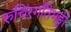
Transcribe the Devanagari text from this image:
रुचिरगतिभङ्गी